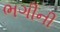
ભગીની